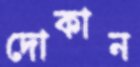
দোকান